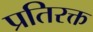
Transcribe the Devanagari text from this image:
प्रतिरक्त